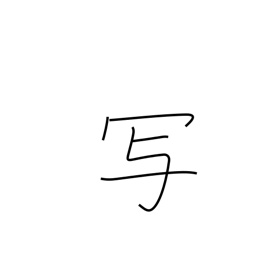
Meaning: be photographed